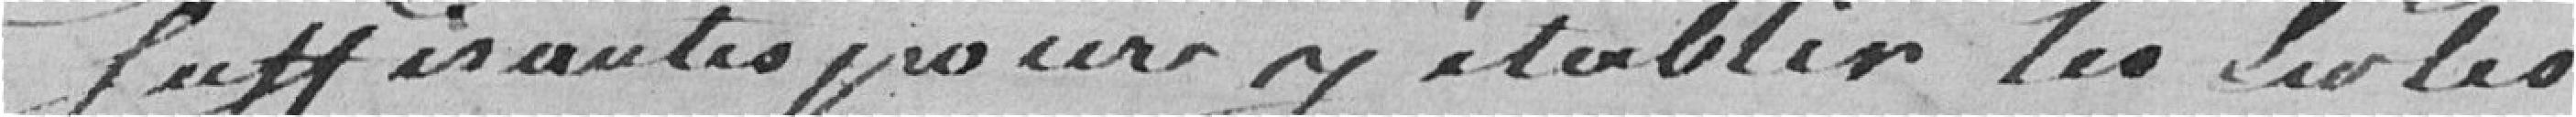
satisfaisantes pour y établir les écoles